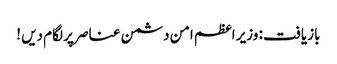
بازیافت : وزیر اعظم امن دشمن عناصر پر لگام دیں !